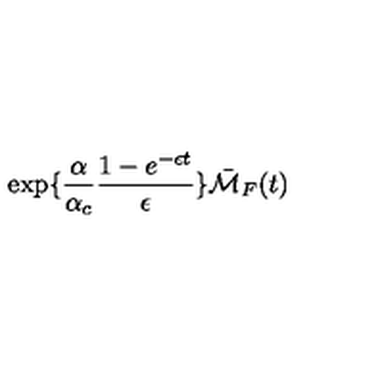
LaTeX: \exp \{ \frac { \alpha } { \alpha _ { c } } \frac { 1 - e ^ { - \epsilon t } } { \epsilon } \} \bar { { \cal M } } _ { F } ( t )